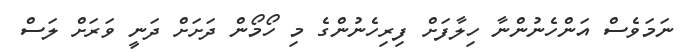
ނަމަވެސް އަންހެނުންނާ ހިލާފަށް ފިރިހެނުންގެ މި ހޯމޯން ދަށަށް ދަނީ ވަރަށް ލަސް